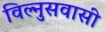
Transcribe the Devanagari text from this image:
विल्नुसवासी